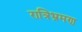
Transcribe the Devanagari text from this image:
रात्रिभ्रमण